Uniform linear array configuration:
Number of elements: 32
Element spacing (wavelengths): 0.25
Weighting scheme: uniform
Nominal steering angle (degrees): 30
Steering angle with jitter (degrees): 29.16
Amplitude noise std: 0.05
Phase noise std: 0.05

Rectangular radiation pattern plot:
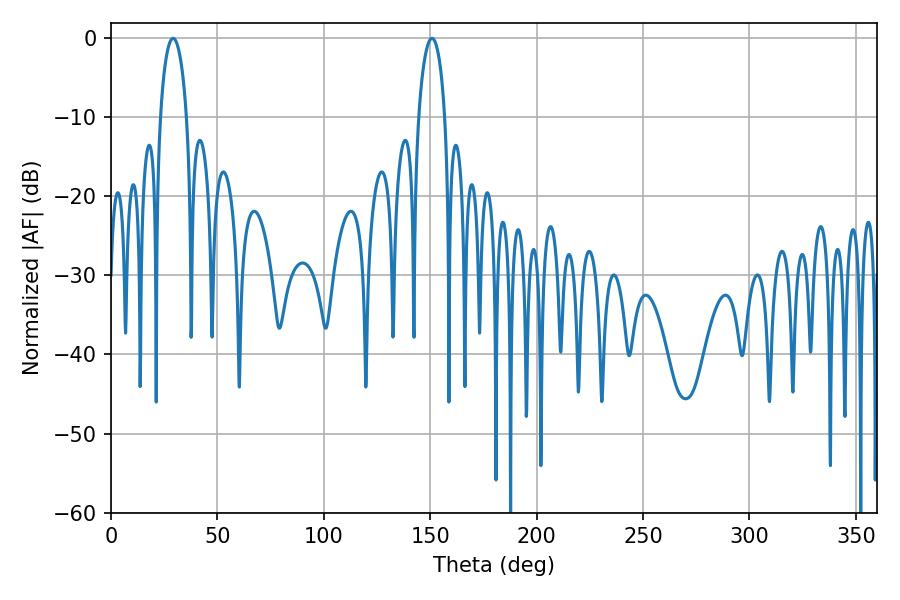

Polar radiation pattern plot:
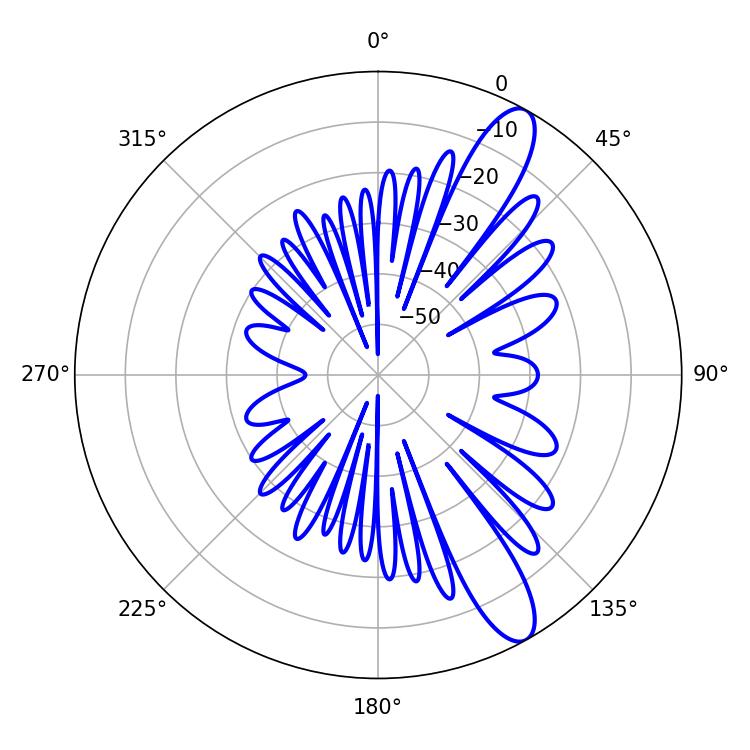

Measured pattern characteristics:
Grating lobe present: FALSE
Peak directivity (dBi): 11.587
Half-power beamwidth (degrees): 7.02
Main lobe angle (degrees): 29.16